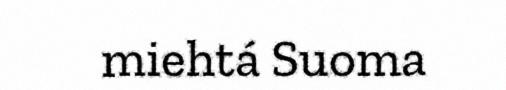
miehtá Suoma